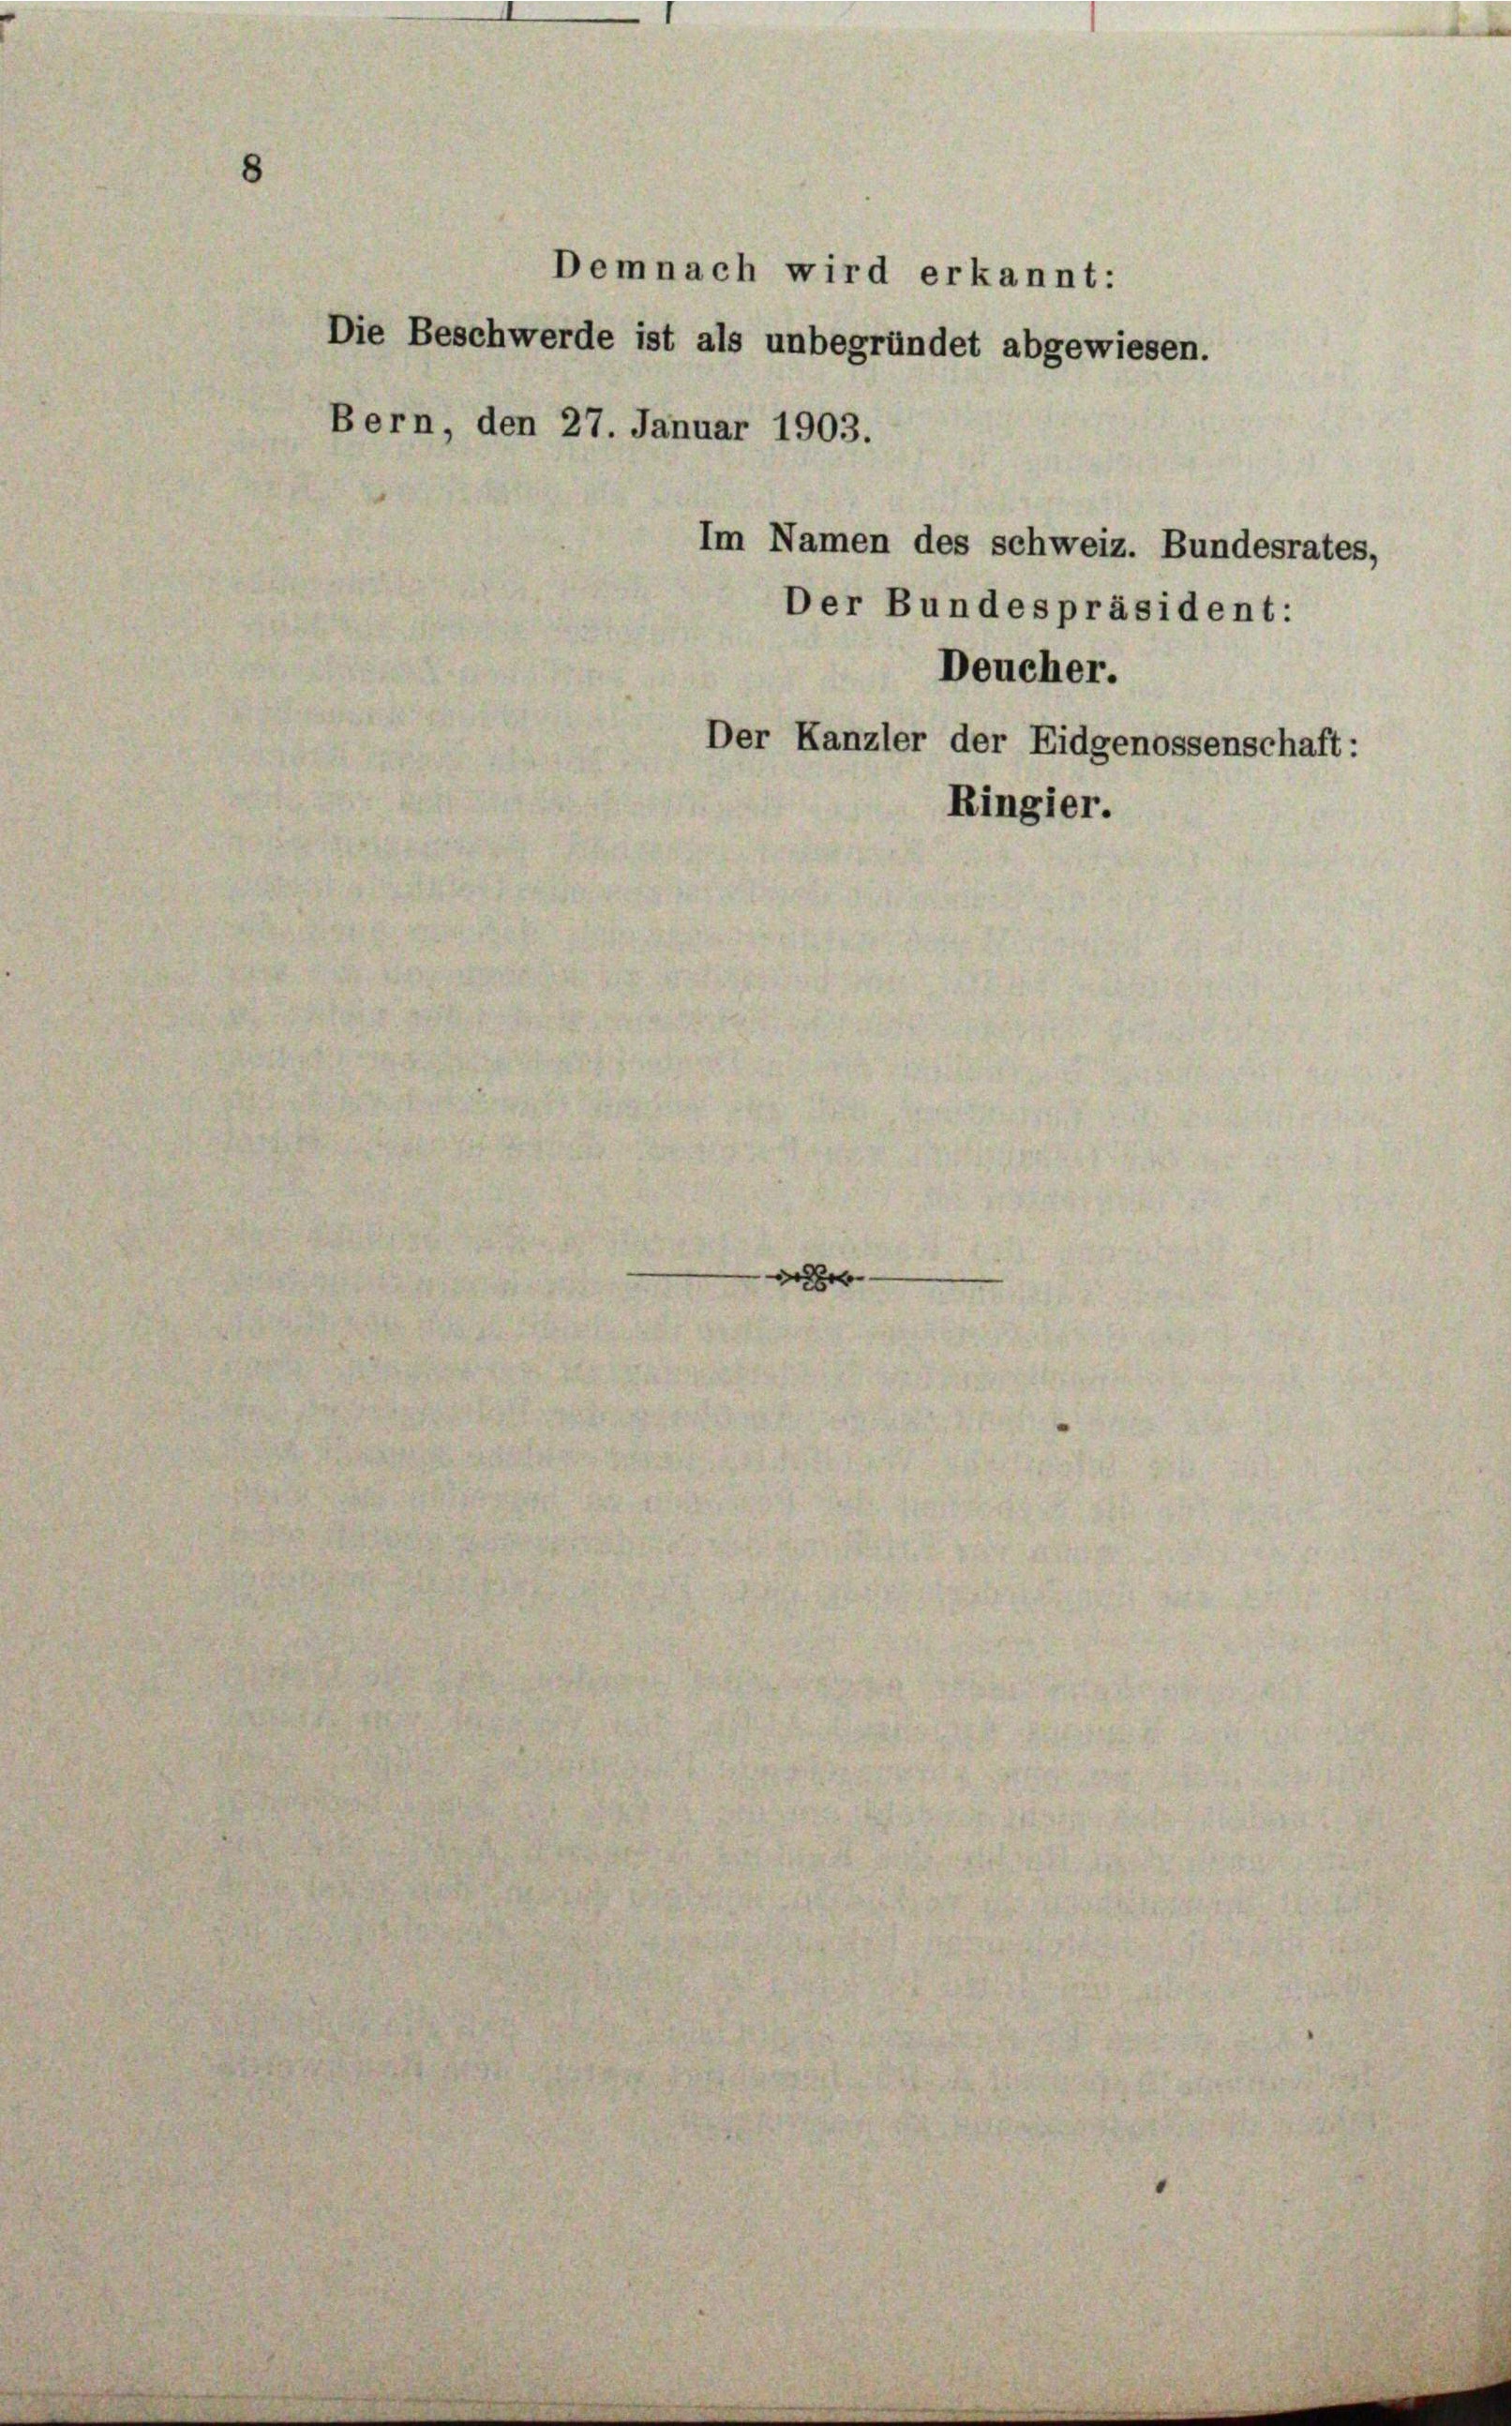
Demnach wird erkannt:
Die Beschwerde ist als unbegründet abgewiesen.
Bern, den 27. Januar 1903.
Im Namen des schweiz. Bundesrates,
Der Bundespräsident:
Deucher.
Der Kanzler der Eidgenossenschaft:
Ringier.